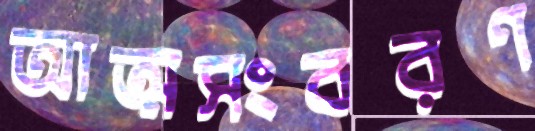
আত্মসংবরণ